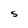
Character: S